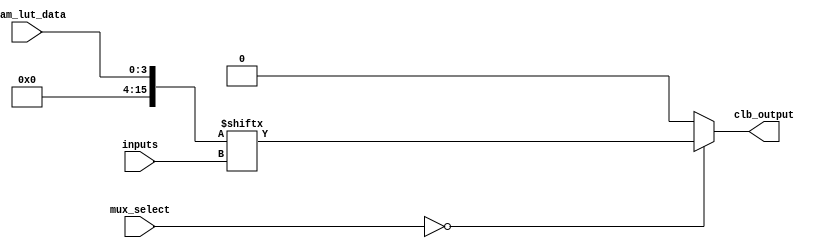
module CLB (
    input wire [3:0] inputs,         // 4 input signals
    input wire [3:0] sram_lut_data,  // SRAM data for LUT (16 bits for 4-input)
    input wire [1:0] mux_select,     // Select lines for multiplexer
    output wire clb_output           // Output of the CLB
);

// LUT Implementation
reg [15:0] lut; // 4-input LUT can implement 16 different combinations

always @(*) begin
    // Load LUT data from SRAM
    lut = sram_lut_data; // Assume sram_lut_data is a 16-bit value
end

// Output from LUT based on inputs
wire lut_output = lut[inputs]; // Select output based on input combination

// Multiplexer Implementation
reg mux_output; // MUX output

always @(*) begin
    case (mux_select)
        2'b00: mux_output = lut_output; // Select LUT output
        // Additional cases for other inputs or LUTs can be added here
        default: mux_output = 1'b0; // Default case
    endcase
end

// Output Driver
assign clb_output = mux_output; // Output of the CLB

endmodule